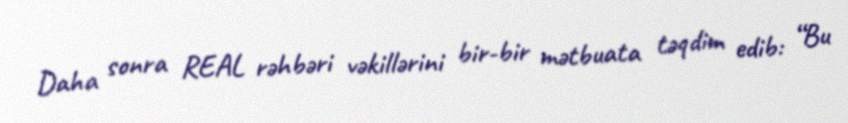
Daha sonra REAL rəhbəri vəkillərini bir-bir mətbuata təqdim edib: “Bu